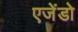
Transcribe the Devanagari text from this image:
एजेंडो